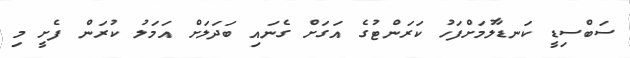
ސަބްސިޑީ ކަނޑާލުމަށްފަހު ކަރަންޓުގެ އަގަށް ގެނައި ބަދަލަށް އަމަލު ކުރަން ފެށީ މި